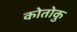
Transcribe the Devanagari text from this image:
कोतोकु